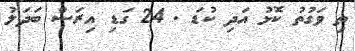
ތި ވަގުތު ކޮޅު އަދި ކުޑަ . 24 ގަޑި އިރަސް ބަދަލު